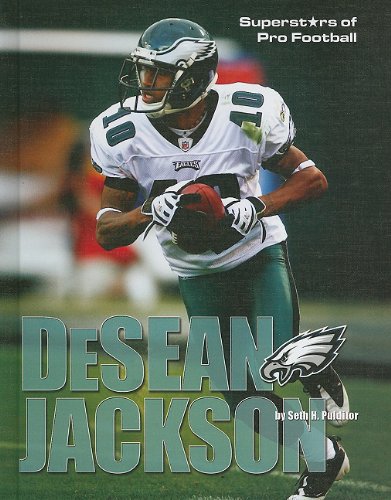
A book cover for Desean Jackson (Superstars of Pro Football); Seth H. Pulditor; Teen & Young Adult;